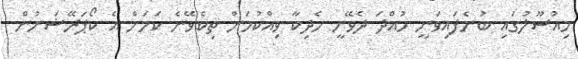
މިއުސޫލުގައި ބުނެފައިވަނީ ހުއްދަ ދެވޭނީ ހެދިކާ ވިއްކުމަށް ތިބެވޭނެ ކަމަށް އެ ކޯޕަރޭޝަނުން